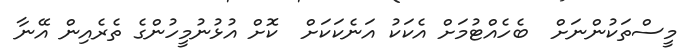
މީސްތަކުންނަށް  ބެހެއްޓުމަށް އެކަކު އަނެކަކަށް  ކޮށް އުޅުނުމީހުންގެ ތެރެއިން އޭނާ